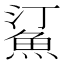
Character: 𬵋